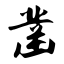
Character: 凿